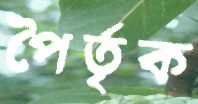
পৈর্তৃক